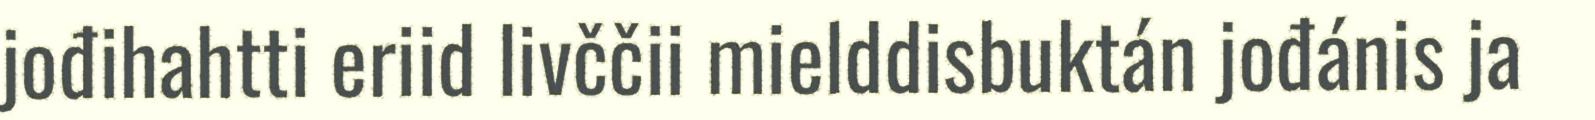
jođihahtti eriid livččii mielddisbuktán jođánis ja